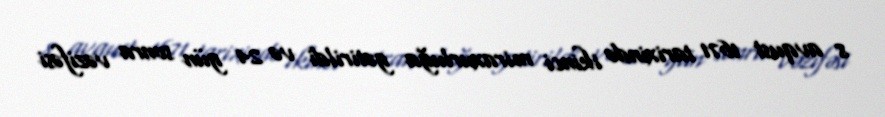
8 avqust 1671 tarixində ikinci miraxurluğa gətirildi və 24 gün sonra vəzifəsi